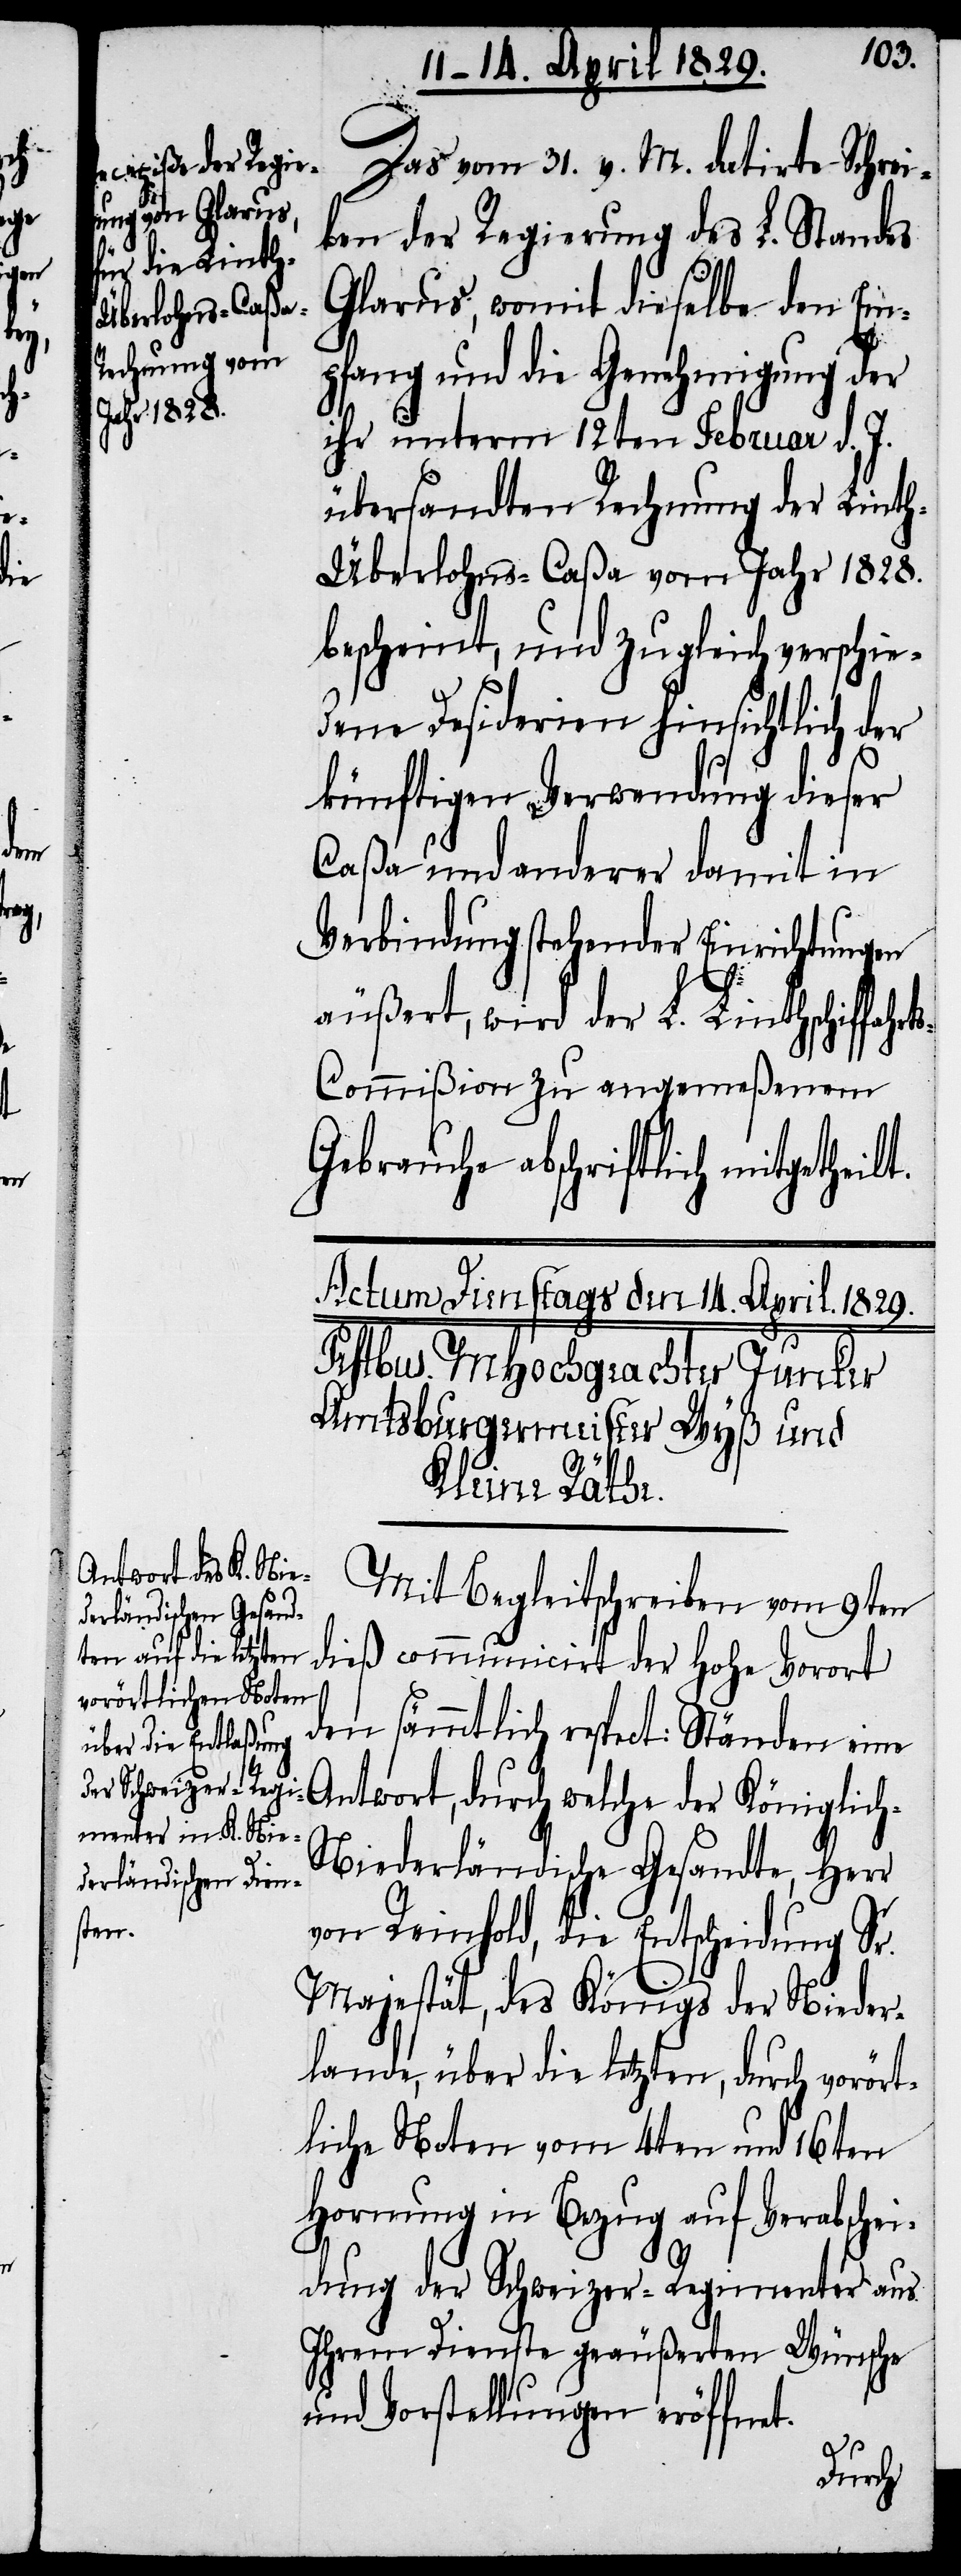
Das vom 31. v. M. datirte Schrei¬
ben der Regierung des L. Standes
Glarus, womit dieselbe den Em¬
pfang und die Genehmigung der
ihr unterm 12ten Februar d. J.
übersandten Rechnung der Lint¬
h-Überlohns-Caßa vom Jahr 1828.
bescheint, und zugleich verschie¬
dene Desiderien hinsichtlich der
künftigen Verwendung dieser
Caßa und anderer damit in
Verbindung stehender Einrichtungen
äußert, wird der L. Linthschiffahr¬
ts-Commißion zu angemeßenem
Gebrauche abschriftlich mitgethei¬
Mit Begleitschreiben vom 9ten
dieß communicirt der Hohe Vorort
den sämmtlich respect: Ständen ein¬
e Antwort, durch welche der Königlic¬
h-Niederländische Gesandte, Herr
lt.
von Reinhold, die Entscheidung Sr.
Majestät, des Königs der Nieder¬
lande, über die letzten, durch vorört¬
liche Noten vom 4ten und 16ten
Hornung in Bezug auf Verabschei¬
dung der Schweizer-Regimenter aus
Ihrem Dienste geäußerten Wünsche
und Vorstellungen eröffnet.